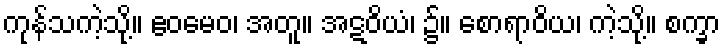
ကုန်သကဲ့သို့။ ဧဝမေဝ၊ အတူ။ အဋဝိယံ၊ ၌။ စောရာဝိယ၊ ကဲ့သို့။ စက္ခာ